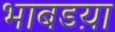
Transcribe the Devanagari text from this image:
भाबडय़ा